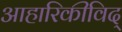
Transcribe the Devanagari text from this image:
आहारिकीविद्